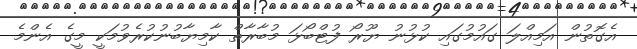
އެގޮތުން އަމިއްލަ ގައުމުގައި ކުޅުނު ޔޫރޯ ފުޓްބޯޅަ މުބާރާތް ކާމިޔާބުނުކުރެވުމަކީ މީގެ އެންމެ